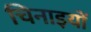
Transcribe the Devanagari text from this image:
चिनाइयों